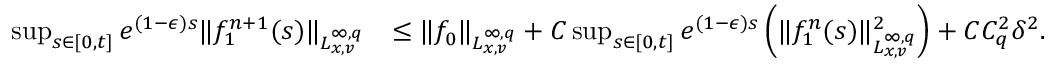
\begin{array} { r l } { \operatorname* { s u p } _ { s \in [ 0 , t ] } e ^ { ( 1 - \epsilon ) s } \| f _ { 1 } ^ { n + 1 } ( s ) \| _ { L _ { x , v } ^ { \infty , q } } } & { \leq \| f _ { 0 } \| _ { L _ { x , v } ^ { \infty , q } } + C \operatorname* { s u p } _ { s \in [ 0 , t ] } e ^ { ( 1 - \epsilon ) s } \left( \| f _ { 1 } ^ { n } ( s ) \| _ { L _ { x , v } ^ { \infty , q } } ^ { 2 } \right) + C C _ { q } ^ { 2 } \delta ^ { 2 } . } \end{array}